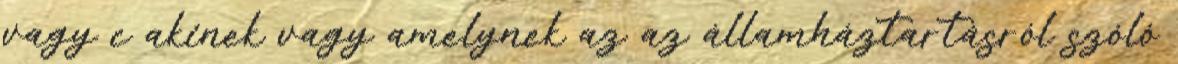
vagy c akinek vagy amelynek az az államháztartásról szóló